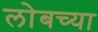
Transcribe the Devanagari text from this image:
लोबच्या